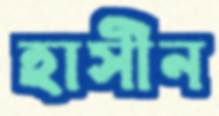
হাসীন